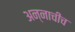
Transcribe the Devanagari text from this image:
अन्नाचीच